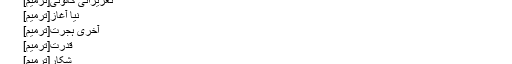
(جزائر انڈمان اور نکوبار سے رجوع مکرر)
آبادکاری کے کھنڈر[ترمیم]
تعزیراتی کالونی[ترمیم]
نیا آغاز[ترمیم]
آخری ہجرت[ترمیم]
قدرت[ترمیم]
شکار[ترمیم]
مستقبل پر ایک نظر[ترمیم]
↑ "بھارت کی اکثر زبانیں جزائر انڈمان و نکوبار میں بولی جاتی ہیں کیونکہ یہاں ہر تہذیب اور طبقہ کے افراد ملتے ہیں۔